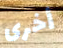
أخرى